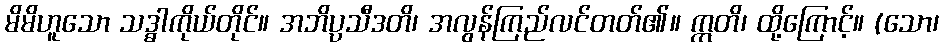
မိမိဟူသော သဒ္ဓါကိုယ်တိုင်။ အဘိပ္ပသီဒတိ၊ အလွန်ကြည်လင်တတ်၏။ ဣတိ၊ ထို့ကြောင့်။ (သော၊